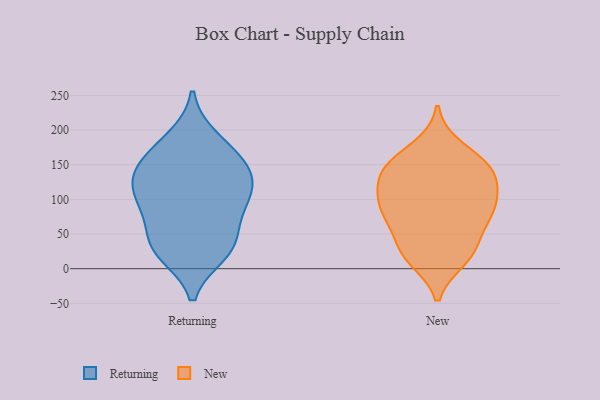
{"axis": {"x": "Backlog", "y": "Value"}, "legend": ["New", "Returning"], "data": [{"x": "", "y": 98, "type": "Returning"}, {"x": "", "y": 84, "type": "Returning"}, {"x": "", "y": 148, "type": "Returning"}, {"x": "", "y": 33, "type": "Returning"}, {"x": "", "y": 187, "type": "Returning"}, {"x": "", "y": 135, "type": "Returning"}, {"x": "", "y": 128, "type": "Returning"}, {"x": "", "y": 31, "type": "Returning"}, {"x": "", "y": 37, "type": "Returning"}, {"x": "", "y": 23, "type": "Returning"}, {"x": "", "y": 173, "type": "Returning"}, {"x": "", "y": 146, "type": "Returning"}, {"x": "", "y": 89, "type": "Returning"}, {"x": "", "y": 111, "type": "Returning"}, {"x": "", "y": 142, "type": "New"}, {"x": "", "y": 72, "type": "New"}, {"x": "", "y": 77, "type": "New"}, {"x": "", "y": 15, "type": "New"}, {"x": "", "y": 26, "type": "New"}, {"x": "", "y": 28, "type": "New"}, {"x": "", "y": 174, "type": "New"}, {"x": "", "y": 146, "type": "New"}, {"x": "", "y": 78, "type": "New"}, {"x": "", "y": 153, "type": "New"}, {"x": "", "y": 92, "type": "New"}, {"x": "", "y": 110, "type": "New"}, {"x": "", "y": 112, "type": "New"}, {"x": "", "y": 22, "type": "New"}, {"x": "", "y": 143, "type": "New"}, {"x": "", "y": 132, "type": "New"}, {"x": "", "y": 83, "type": "New"}]}